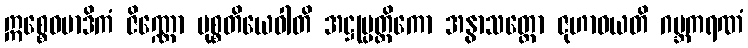
ဣစ္စေဝမာဒိကံ ဇိဏ္ဏော မုစ္စတိယေဝါတိ အဋ္ဌုပ္ပတ္တိကော အနွာသတ္တော ဇုဟာဝယတိ ဂဗ္ဘကရဏံ